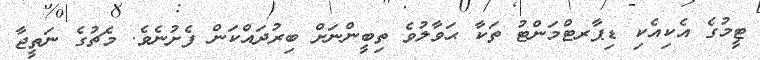
ޓީމުގެ އެކިއެކި ޑިޕާރޓްމަންޓު ތަކާ ޙަވާލުވެ ތިބީންނަށް ބިރުދައްކަން ފެށުނެވެ. މެޗުގެ ނަތީޖާ